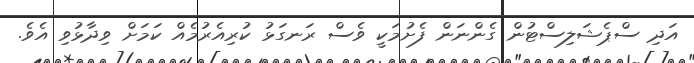
އަދި ސްޕެޝަލިސްޓުން ގެންނަން ފެށުމަކީ ވެސް ރަނގަޅު ކުރިއެރުމެއް ކަމަށް ވިދާޅުވި އެވެ.